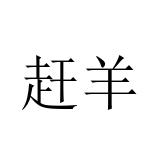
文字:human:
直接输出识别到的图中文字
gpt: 赶羊